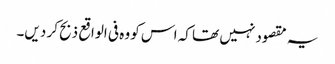
یہ مقصود نہیں تھا کہ اس کو وہ فی الواقع ذبح کر دیں۔